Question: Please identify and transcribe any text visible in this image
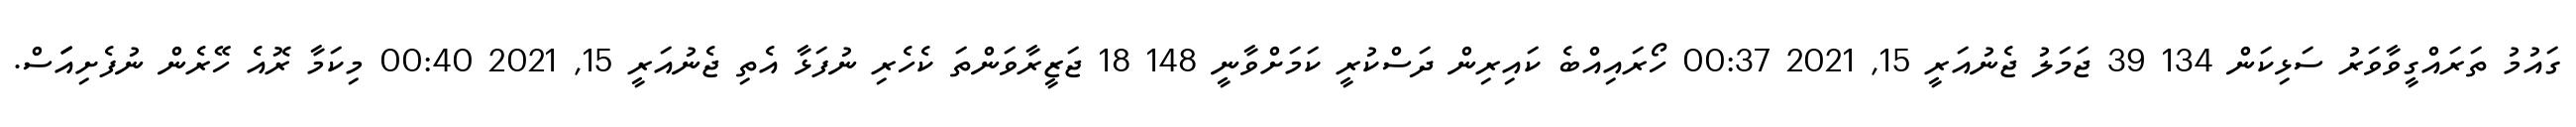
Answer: ގައުމު ތަރައްގީވާވަރު ސަޅިކަން 134 39 ޖަމަލު ޖެނުއަރީ 15, 2021 00:37 ހޯރައިއްބެ ކައިރިން ދަސްކުރީ ކަމަށްވާނީ 148 18 ޖަޒީރާވަންތަ ކެހެރި ނުފަޅާ އެތި ޖެނުއަރީ 15, 2021 00:40 މިކަމާ ރޮއެ ހޭރެން ނުފެށިއަަަސް.